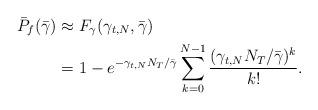
LaTeX: \begin{align*}\bar{P}_f(\bar{\gamma}) &\approx F_{\gamma}(\gamma_{t,N}, \bar{\gamma})\\&= 1- e^{-\gamma_{t,N}N_T/\bar{\gamma}}\sum_{k=0}^{N-1}\frac{(\gamma_{t,N} N_T /\bar{\gamma})^k}{k!}.\end{align*}